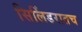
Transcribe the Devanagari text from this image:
सिलिंडरातच